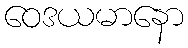
ဝေဒယမာနော